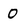
Character: 0